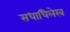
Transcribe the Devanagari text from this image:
सधाधिलेख